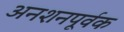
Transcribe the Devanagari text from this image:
अनशनपूर्वक